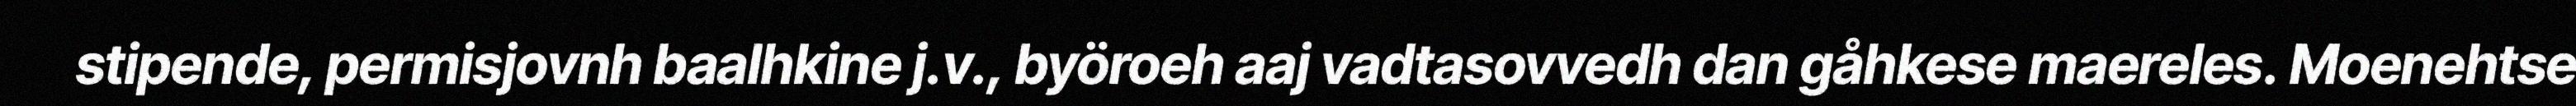
stipende, permisjovnh baalhkine j.v., byöroeh aaj vadtasovvedh dan gåhkese maereles. Moenehtse